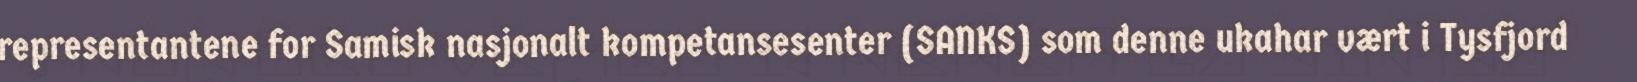
representantene for Samisk nasjonalt kompetansesenter (SANKS) som denne ukahar vært i Tysfjord